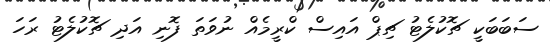
ސަބަބަކީ ޗޮކުލެޓު ޗިޕް އައިސް ކްރީމެއް ނުވަތަ ފޮނި އަދި ޗޮކުލެޓު ރަހަ